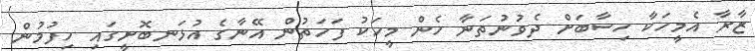
ޒާރާ އެމީހަކާ ހިސާބަށް ދެވުނުތަނާ ހެން މީހަކު ފަހަތުން އޭނާގެ އުޅަނބޮށީގައި ހިފުމުން